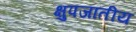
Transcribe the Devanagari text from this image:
क्षुपजातीय